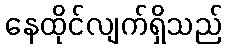
နေထိုင်လျက်ရှိသည်